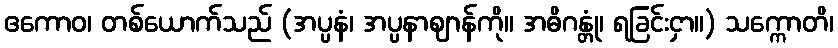
ဧကောဝ၊ တစ်ယောက်သည် (အပ္ပနံ၊ အပ္ပနာဈာန်ကို။ အဓိဂန္တုံ၊ ရခြင်းငှာ။) သက္ကောတိ၊